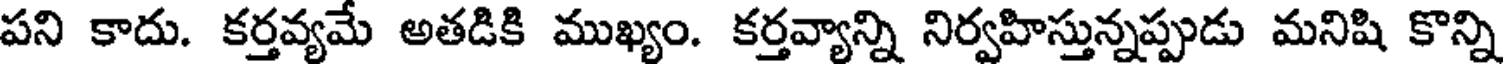
పని కాదు. కర్తవ్యమే అతడికి ముఖ్యం. కర్తవ్యాన్ని నిర్వహిస్తున్నప్పుడు మనిషి కొన్ని